Reports on military cantonments and civil stations in the Presidency of Bombay inspected by the Sanitary Commissioner in the years 1875 and 1876
Year: 1875
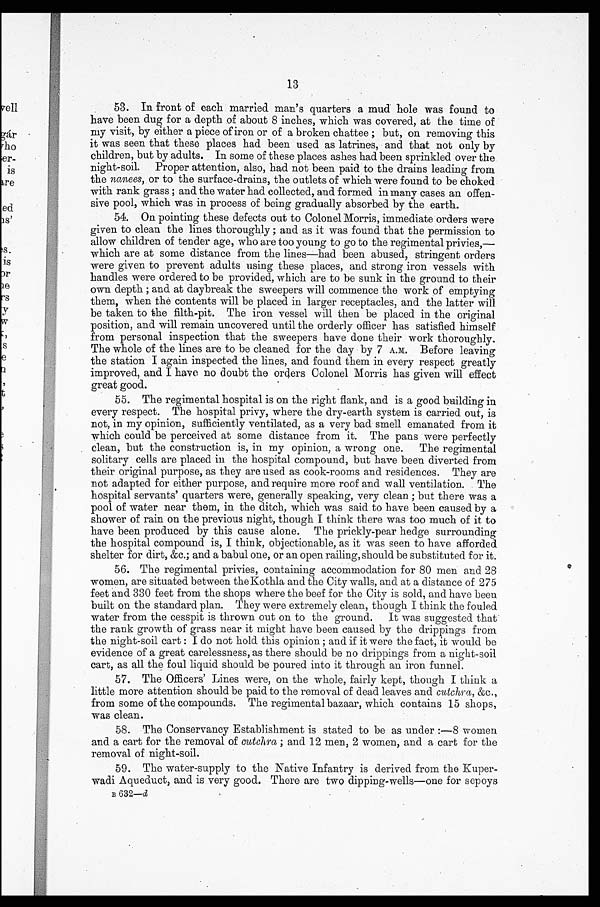
13
53. In front of each married man's quarters a mud hole was found to
have been dug for a depth of about 8 inches, which was covered, at the time of
my visit, by either a piece of iron or of a broken chattee ; but, on removing this
it was seen that these places had been used as latrines, and that not only by
children, but by adults. In some of these places ashes had been sprinkled over the
night-soil. Proper attention, also, had not been paid to the drains leading from
the nanees, or to the surface-drains, the outlets of which were found to be choked
with rank grass ; and the water had collected, and formed in many cases an offen-
sive pool, which was in process of being gradually absorbed by the earth.
54. On pointing these defects out to Colonel Morris, immediate orders were
given to clean the lines thoroughly ; and as it was foun.d that the permission to
allow children of tender age, who are too young to go to the regimental privies,—
which are at some distance from the lines—had been abused, stringent orders
were given to prevent adults using these places, and strong iron vessels with
handles were ordered to be provided, which are to be sunk in the ground to their
own. depth ; and at daybreak the sweepers will commence the work of emptying
them, when the contents will be placed in larger receptacles, and the latter will
be taken to the filth-pit. The iron vessel will then be placed in the original
position, and will remain uncovered until the orderly officer has satisfied himself
from personal inspection that the sweepers have done their work thoroughly.
The whole of the lines are to be cleaned for the day by 7 A.M. Before leaving
the station I again inspected the lines, and found them in every respect greatly
improved, and I have no doubt the orders Colonel Morris has given will effect
great good.
55. The regimental hospital is on the right flank, and is a good building in
every respect. The hospital privy, where the dry-earth system is carried out, is
not, in my opinion, sufficiently ventilated, as a very bad smell emanated from it
which could be perceived at some distance from it. The pans were perfectly
clean, but the construction is, in my opinion, a wrong one. The regimental
solitary cells are placed in the hospital compound, but have been diverted from
their original purpose, as they are used as cook-rooms and residences. They are
not adapted for either purpose, and require more roof and wall ventilation. The
hospital servants' quarters were, generally speaking, very clean ; but there was a
pool of water near thorn, in the ditch, which was said to have been caused by a
shower of rain on the previous night, though I think there was too much of it to
have been produced by this cause alone. The prickly-pear hedge surrounding
the hospital compound is, I think, objectionable, as it was seen to have afforded
shelter for dirt, &c.; and a babul one, or an open railing, should be substituted for it.
56. The regimental privies, containing accommodation for 80 men and 28
women, are situated between the Kothla and the City walls, and at a distance of 275
feet and 330 feet from the shops where the beef for the City is sold, and have been
built on the standard plan. They were extremely clean, though I think the fouled
water from the cesspit is thrown out on to the ground. It was suggested that
the rank growth of grass near it might have been caused by the drippings from
the night-soil cart : I do not hold this opinion ; and if it were the fact, it would be
evidence of a great carelessness, as there should be no drippings from a night-soil
cart, as all the foul liquid should be poured into it through an iron funnel.
57. The Officers' Lines were, on the whole, fairly kept, though I think a
little more attention should be paid to the removal of dead leaves and cutchra, &c.,
from some of the compounds. The regimental bazaar, which contains 15 shops,
was clean.
58. The Conservancy Establishment is stated to be as under :—8 women
and a cart for the removal of cutchra ; and 12 men, 2 women, and a cart for the
removal of night-soil.
59. The water-supply to the Native Infantry is derived from the Kuper-
wadi Aqueduct, and is very good. There are two dipping-wells—one for sepoys
B 632—d